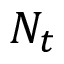
N _ { t }